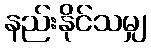
နည်းနိုင်သမျှ